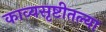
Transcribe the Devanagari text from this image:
काव्यसृष्टीतल्या